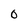
Character: 0